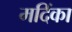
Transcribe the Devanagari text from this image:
मदिंका